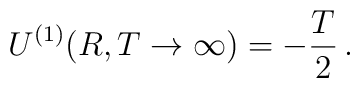
U^{(1)}(R, T\to \infty)= - \frac{T}{2}\,{.}